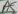
Text: A5